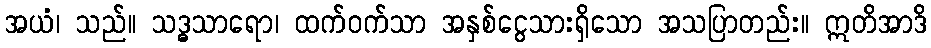
အယံ၊ သည်။ သဒ္ဓသာရော၊ ထက်ဝက်သာ အနှစ်ငွေသားရှိသော အသပြာတည်း။ ဣတိအာဒိ